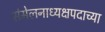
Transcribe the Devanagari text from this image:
संमेलनाध्यक्षपदाच्या